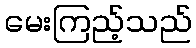
မေးကြည့်သည်